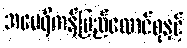
အမေရိကန်ပြည်ထောင်စုနှင့်